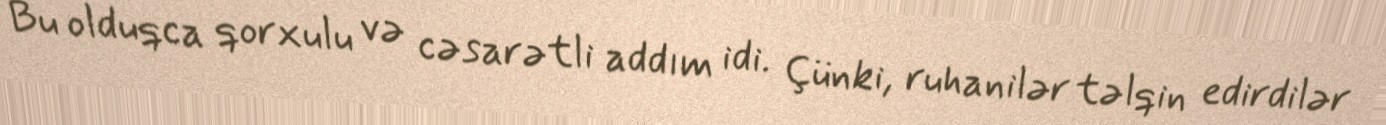
Bu olduqca qorxulu və cəsarətli addım idi. Çünki, ruhanilər təlqin edirdilər